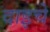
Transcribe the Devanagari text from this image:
दाइचे